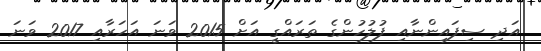
އަދި ސިފައިންނާއި ފުލުހުންގެ ތަރައްގީ އަށް 2015 ވަނަ އަހަރާއި 2017 ވަނަ